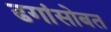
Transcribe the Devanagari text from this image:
ढगांसोबत